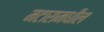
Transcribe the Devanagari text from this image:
मटारामधील